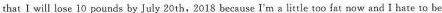
that I will lose 10 pounds by July 20th,2018 because I'm a little too fat now and I hate o be